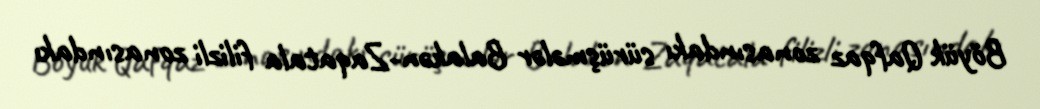
Böyük Qafqaz zonasındakı sürüşmələr Balakən-Zaqatala filizli zonasındakı